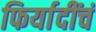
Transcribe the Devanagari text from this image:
फिर्यादींचं